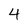
Character: 4